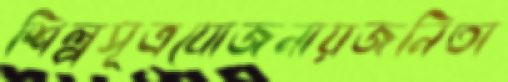
শিল্পসূত্রযোজনায়জনিতা